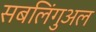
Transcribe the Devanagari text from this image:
सबलिंगुअल